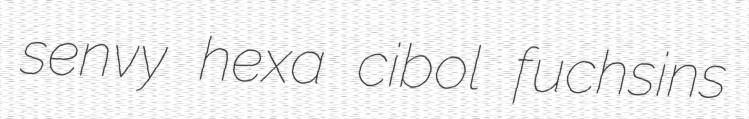
senvy hexa cibol fuchsins